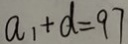
a _ { 1 } + d = 9 7